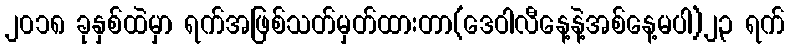
၂၀၁၈ ခုနှစ်ထဲမှာ ရက်အဖြစ်သတ်မှတ်ထားတာ(ဒေဝါလီနေ့နဲ့အစ်နေ့မပါ)၂၃ ရက်